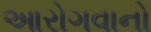
આરોગવાનો